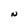
Character: N